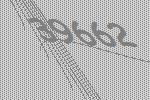
39662